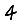
Digit: 4